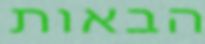
הבאות